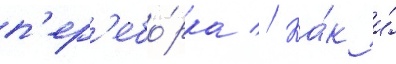
п'ер'ебо́рка // Ка́к и́